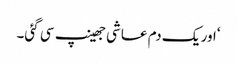
‘اور یک دم عاشی جھینپ سی گئی۔